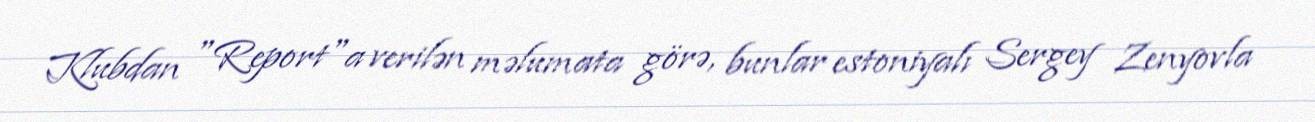
Klubdan "Report"a verilən məlumata görə, bunlar estoniyalı Sergey Zenyovla